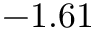
- 1 . 6 1